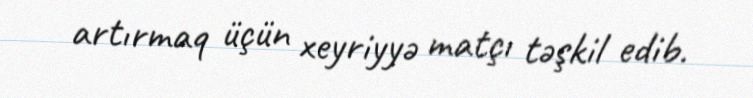
artırmaq üçün xeyriyyə matçı təşkil edib.